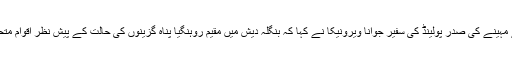
اقوام متحدہ کی سلامتی کونسل میں مئی کے مہینے کی صدر پولینڈ کی سفیر جوانا ویرونیکا نے کہا کہ بنگلہ دیش میں مقیم روہنگیا پناہ گزینوں کی حالت کے پیش نظر اقوام متحدہ کو فوری طورپر کوئی قدم اٹھانا چاہیے۔